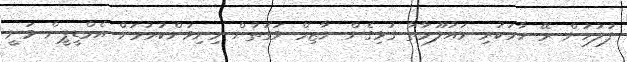
ފުލުހުން ރޭ ހާމަކުރި މައުލޫމާތާ ގުޅިގެން ނާޒިމް ވަގުތުން މިނިވަންކުރުމަށް އެމްޑީޕީން ވަނީ